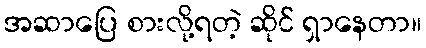
အဆာပြေ စားလို့ရတဲ့ ဆိုင် ရှာနေတာ။